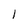
Character: I